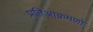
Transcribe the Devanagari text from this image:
प्रतिआक्रमणो